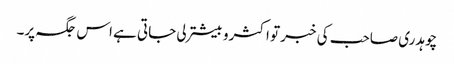
چوہدری صاحب کی خبر تو اکثرو بیشتر لی جاتی ہے اس جگہ پر۔